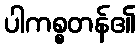
ပါကစ္စတန်၏